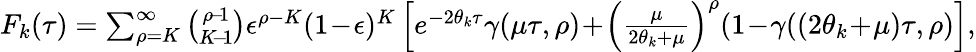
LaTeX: \begin{array}{r}{F_{k}(\tau)=\sum_{\rho=K}^{\infty}\binom{\rho\! -\! 1}{K\! -\! 1}\epsilon^{\rho-K}(1\! -\! \epsilon)^{K}\left[e^{-2\theta_{k}\tau}\gamma(\mu\tau,\rho)\! +\! \left(\frac{\mu}{2\theta_{k}+\mu}\right)^{\rho}(1\! -\! \gamma((2\theta_{k}\! +\! \mu)\tau,\rho)\right],}\end{array}